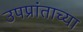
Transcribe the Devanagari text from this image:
उपप्रांताच्या